Lunatic asylums Madras 1892-1911 - 1892-1911
Year: 1892
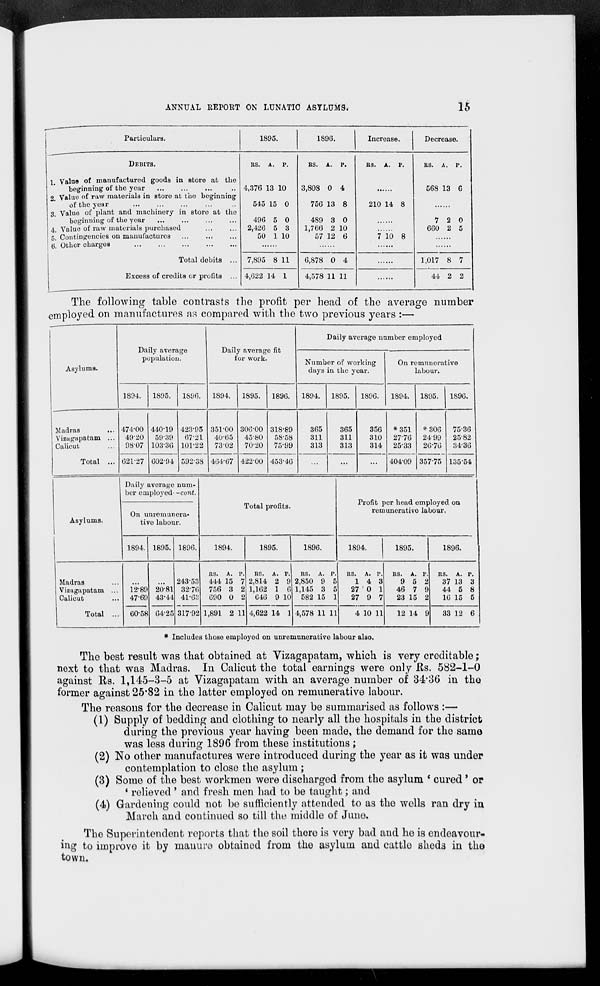
SKEBS S ■ ■ ' ■-■.' B
isisass
■HBH
HSSaffi R< SHMSKS .
? : ,''?"" 3 :,■ ^•.;«EM
;' BgSgBtf HI 3H9U SB:: tfftHlJ ■■ ■ ;■ ■ I ■ 3mgHX9
ANNUAL REPORT ON LUNATIC ASYLUMS.
15
Particulars.
1895.
1896.
Increase.
Decrease.
DEBITS.
RS. A. P.
RS. A. p.
RS. A. P.
RS. A. P.
X Valua of manufactured goods in store at the
beginning of the year
4,376 13 10
3,808 0 4
568 13 6
2 Value of raw materials in store at the beginning
of the year
545 15 0
756 13 8
210 14 8
3. Value of plant and machinery in store at the
beginning of the year
496 5 0
489 3 0
7 2 0
4. Value of raw materials purchased
2,420 5 3
1,760 2 10
660 2 5
5. Contingencies on manufactures
...
..,
50 1 10
57 12 6
7 10 8
6. Other charges
Total debits ...
Excess of credits or profits ...
7,895 8 11
6,878 0 4
1,017 8 7
4,022 14 1
4,578 11 11
44 2 2
The following table contrasts the profit per head of the average number
employed on manufactures as compared with the two previous years :—
AsylumB.
„ «J.
Daily average number employed
population.
for work.
Number of working
days in the year.
On remunerative
labour.
1894.
1895.
1896.
1894.
1895.
1896.
1894.
1895.
1896.
1894.
1895.
1890.
Madras
...
Vizugapatam ...
Calicut
Total ...
474-00
49-20
98-07
440-19
5939
103-30
423-95
67-21
101-22
351-00
4005
73-02
300-00
45-80
70-20
318-89
58-58
75-99
365
311
313
365
311
313
356
310
314
*351
27-76
2533
*306
24-99
26-70
75-36
25-82
34-30
021-27 002-94 592-38 404-67 422-00 453-46
...
...
...
404-09 357-75 135-54
Asylums.
Daily average num-
ber employed- -cont.
Total profits.
Profit per head employed on
remunerative labour.
On unremunera-
tivo labour.
1894. 1895. 1896.
1894.
1895.
1896.
1894.
1895.
1896.
1 Madras
Vizagapatam ...
Calicut
Total ...
12-89
47-69
20-81
43-44
243-53
3270
41*68
31792
RS. A. P.
444 15 7
756 3 2
G90 0 2
RS. A. P.
2,814 2 9
1,102 1 6
040 9 10
RS. A. P.
2,850 9 5
1,145 3 5
582 15 1
RS. A. P.
14 3
27 0 1
27 9 7
RS. A. P.
9 5 2
46 7 9
23 15 2
RS. A. P.
37 13 3
44 5 8
10 15 5
00-58 0425
1,891 2 11 4,622 14 1 1,578 11 11
4 10 11
12 14 9
83 12 6
* Includes thoso omployod on unremunerativo labour also.
The best result was that obtained at Vizagapatam, which is very creditable;
next to that was Madras. In Calicut the total earnings were only Rs. 582-1-0
against Rs. 1,145-3-5 at Vizagapatam with an average number of 34*36 in the.
former against 25*82 in the latter employed on remunerative labour.
The reasons for the decrease in Calicut may be summarised as follows :—
(1) Supply of bedding and clothing to nearly all the hospitals in the district
during the previous year having been made, the demand for the same
was less during 1896 from these institutions ;
(2) No other manufactures were introduced during the year as it was under
contemplation to close the asylum ;
(3) Some of the best workmen were discharged from the asylum * cured' or
* relieved' and fresh mon had to be taught; and
(4) Gardening could not bo sufficiently attended to as the wells ran dry in
March and continued so till the middle of Juno.
The Superintendent reports that the soil there is very bad aud he is endeavour-
ing to improve it by manure obtained from the asylum and cattlo sheda in the
town.